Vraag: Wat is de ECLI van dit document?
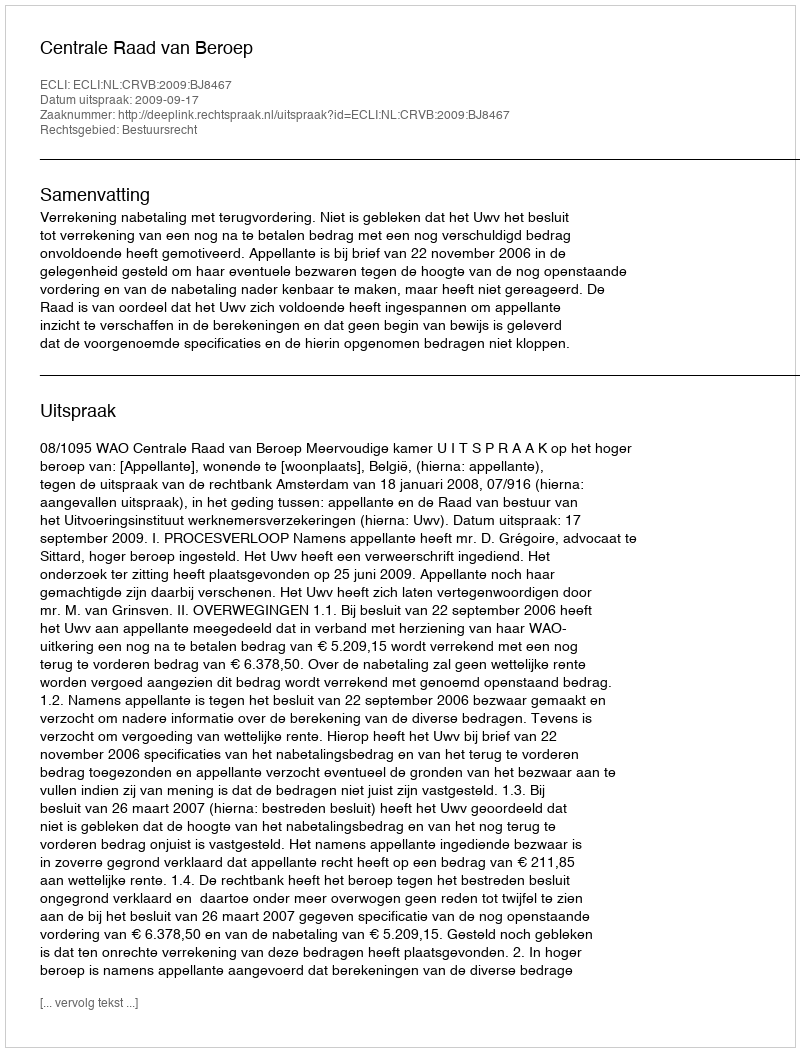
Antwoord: ECLI:NL:CRVB:2009:BJ8467